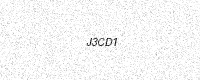
Text: J3CD1